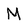
Character: M